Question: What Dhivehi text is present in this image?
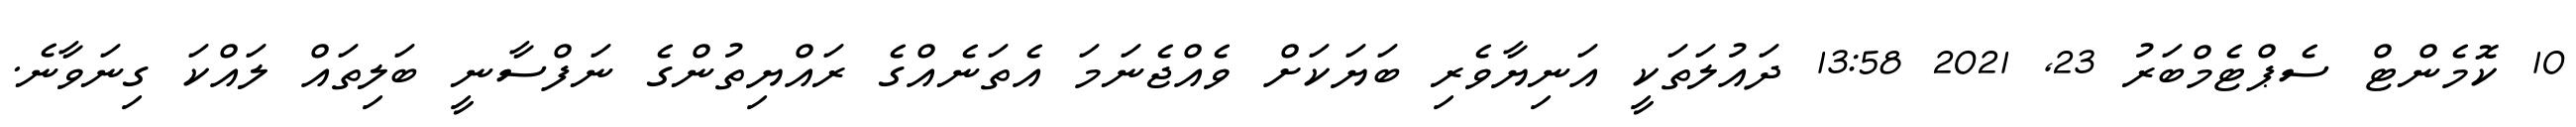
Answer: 10 ކޮމެންޓް ސެޕްޓެމްބަރު 23, 2021 13:58 ދައުލަތަކީ އަނިޔާވެރި ބަޔަކަށް ވެއްޖެނަމަ އެތަނެއްގެ ރައްޔިތުންގެ ނަފްސާނީ ބަލިތައް ލައްކަ ގިނަވާނެ.